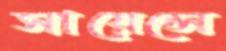
সায়েন্সে